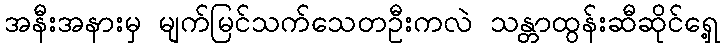
အနီးအနားမှ မျက်မြင်သက်သေတဦးကလဲ သန္တာထွန်းဆီဆိုင်ရှေ့